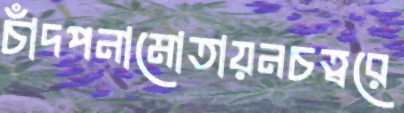
চাঁদপনামোতায়নচত্বরে